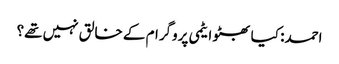
احمد: کیا بھٹو ایٹمی پروگرام کے خالق نہیں تھے؟